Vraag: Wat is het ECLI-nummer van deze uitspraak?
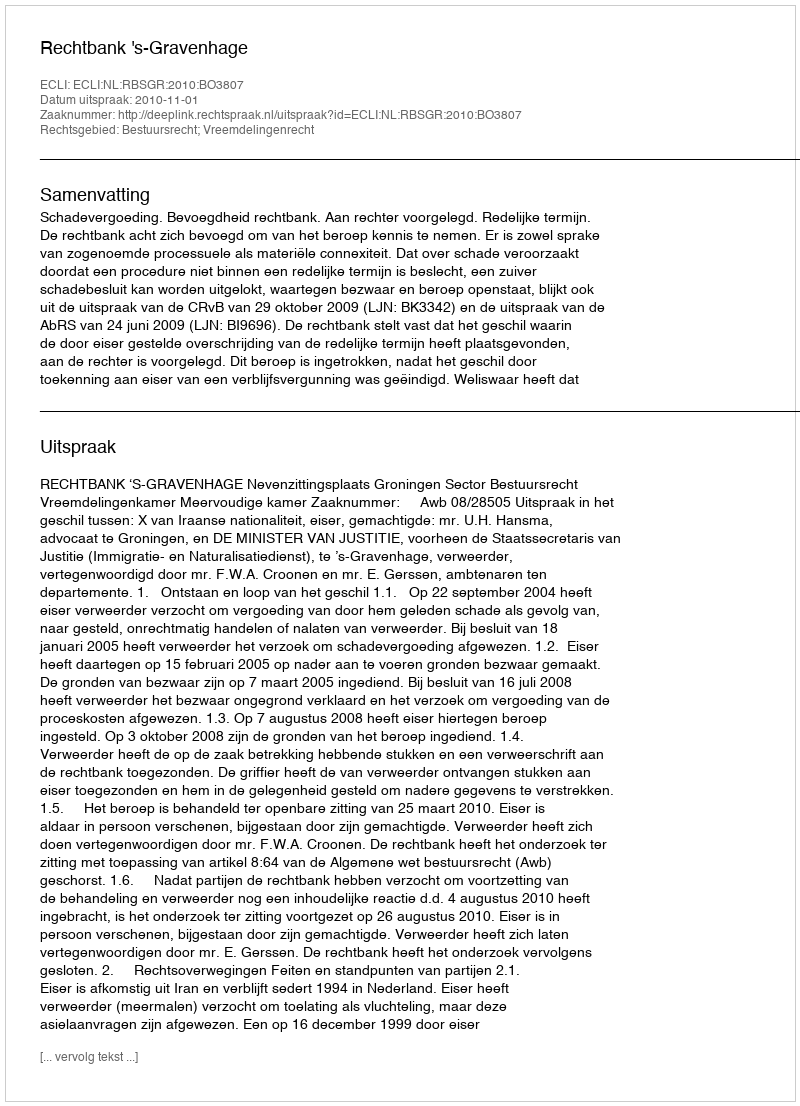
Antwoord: ECLI:NL:RBSGR:2010:BO3807